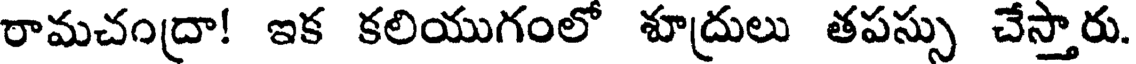
రామచంద్రా! ఇక కలియుగంలో శూద్రులు తపస్సు చేస్తారు.